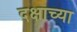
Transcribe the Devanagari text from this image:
दक्षाच्या